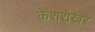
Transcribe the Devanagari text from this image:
केशशेखर